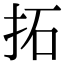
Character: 拓